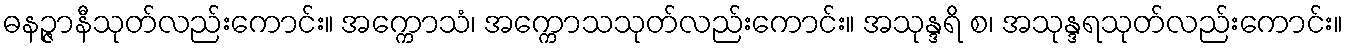
ဓနဉ္ဇာနီသုတ်လည်းကောင်း။ အက္ကောသံ၊ အက္ကောသသုတ်လည်းကောင်း။ အသုန္ဒရိ စ၊ အသုန္ဒရသုတ်လည်းကောင်း။